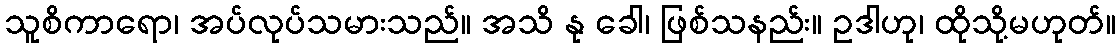
သူစိကာရော၊ အပ်လုပ်သမားသည်။ အသိ နု ခေါ၊ ဖြစ်သနည်း။ ဥဒါဟု၊ ထိုသို့မဟုတ်။